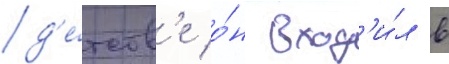
д'е́тств'е о́н вход'и́л в